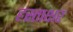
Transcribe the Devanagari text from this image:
हस्‍ताक्षर